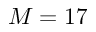
M = 1 7